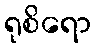
ရုစိရော